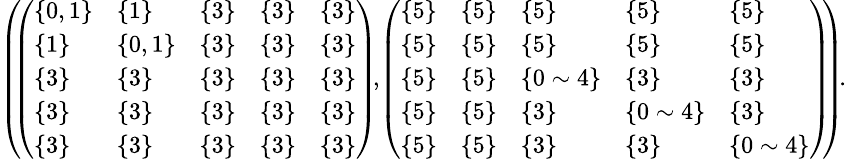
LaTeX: \begin{array}{r}{\small{\left(\! \! \left(\begin{array}{lllll}{\{ 0,1\} }&{\{ 1\} }&{\{ 3\} }&{\{ 3\} }&{\{ 3\} }\\ {\{ 1\} }&{\{ 0,1\} }&{\{ 3\} }&{\{ 3\} }&{\{ 3\} }\\ {\{ 3\} }&{\{ 3\} }&{\{ 3\} }&{\{ 3\} }&{\{ 3\} }\\ {\{ 3\} }&{\{ 3\} }&{\{ 3\} }&{\{ 3\} }&{\{ 3\} }\\ {\{ 3\} }&{\{ 3\} }&{\{ 3\} }&{\{ 3\} }&{\{ 3\} }\end{array}\right)\! ,\! \left(\begin{array}{lllll}{\{ 5\} }&{\{ 5\} }&{\{ 5\} }&{\{ 5\} }&{\{ 5\} }\\ {\{ 5\} }&{\{ 5\} }&{\{ 5\} }&{\{ 5\} }&{\{ 5\} }\\ {\{ 5\} }&{\{ 5\} }&{\{ 0\sim 4\} }&{\{ 3\} }&{\{ 3\} }\\ {\{ 5\} }&{\{ 5\} }&{\{ 3\} }&{\{ 0\sim 4\} }&{\{ 3\} }\\ {\{ 5\} }&{\{ 5\} }&{\{ 3\} }&{\{ 3\} }&{\{ 0\sim 4\} }\end{array}\right)\! \! \right)\! .}}\end{array}